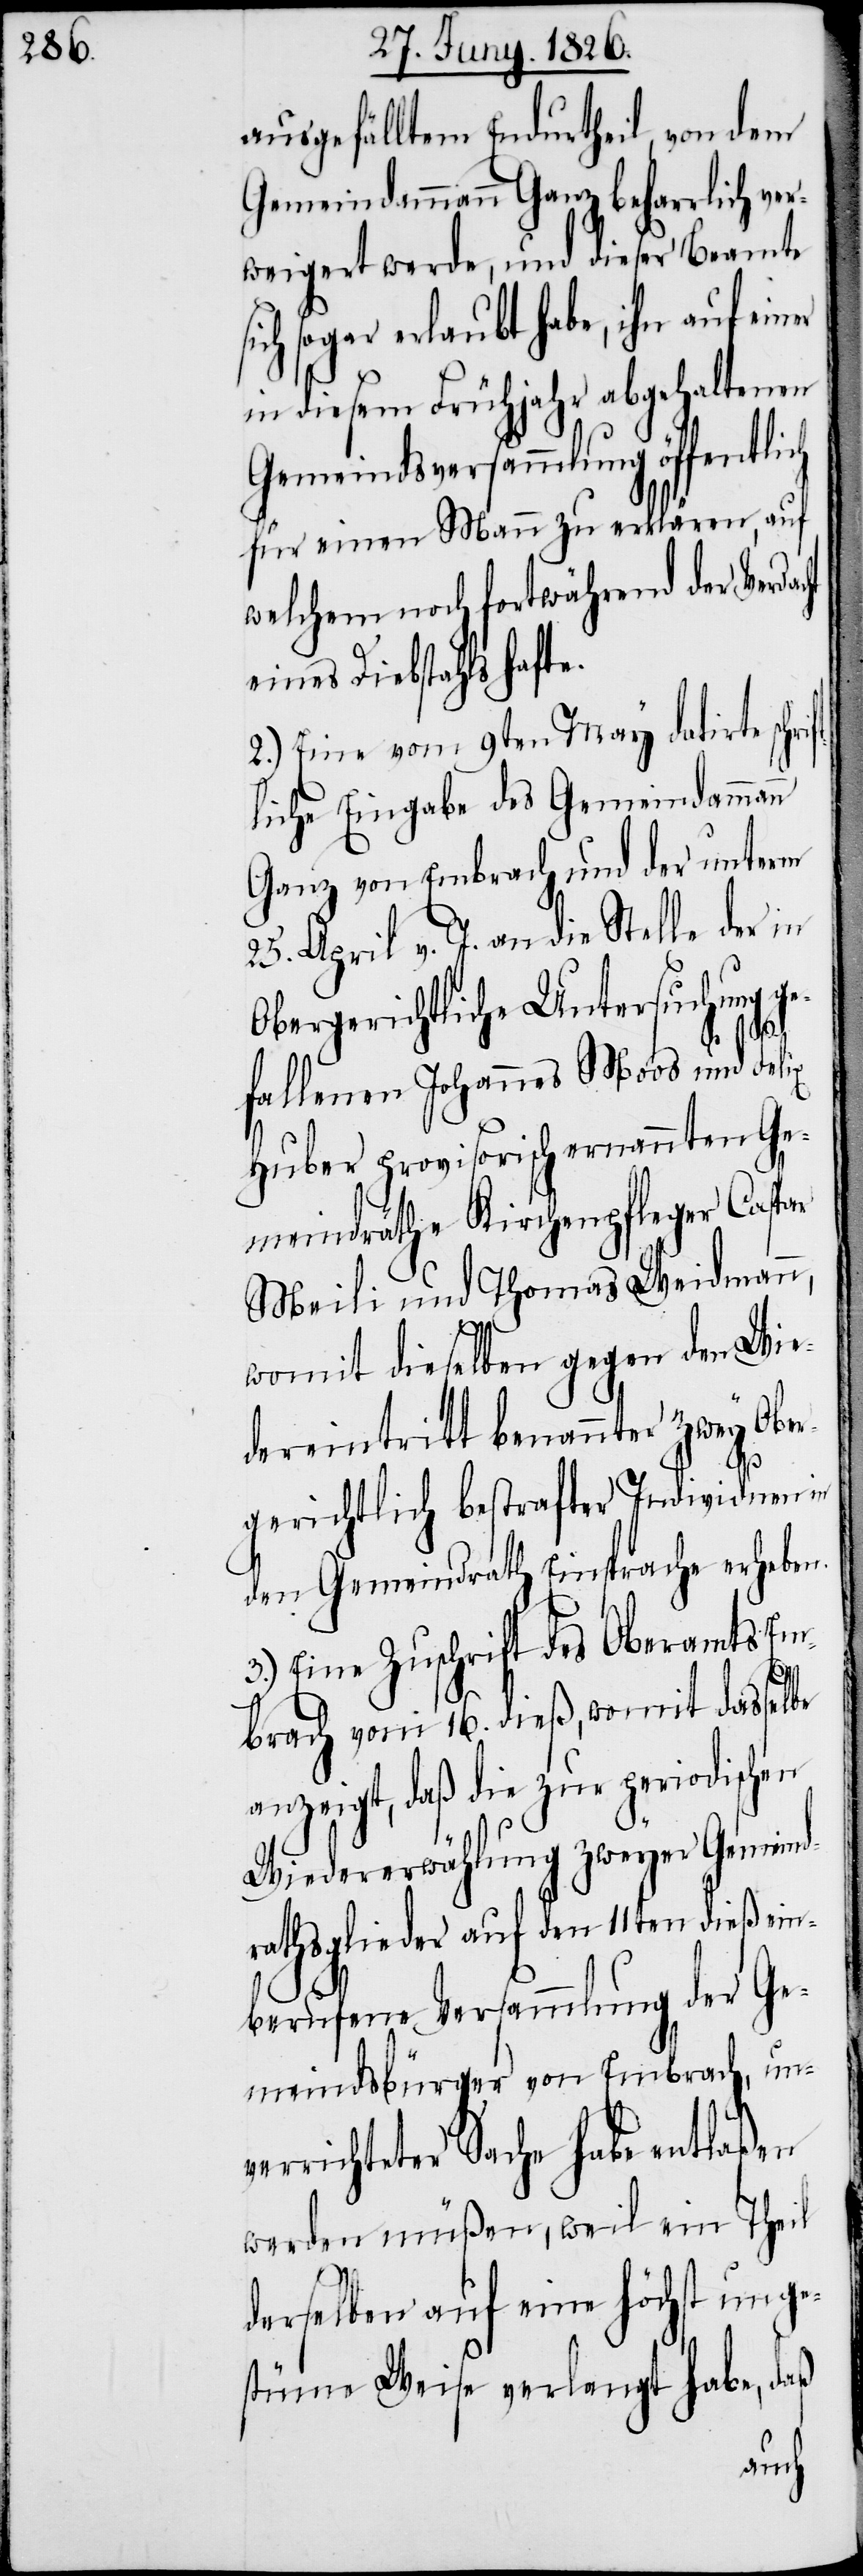
ausgefälltem Endurtheil, von dem
Gemeindammann Ganz beharrlich ve¬
rweigert werde, und dieser Beamte
ich sogar erlaubt habe, ihn auf ein¬
in diesem Frühjahr abgehaltenen
Gemeindsversammlung öffentlich
für einen Mann zu erklären, auf
welchem noch fortwährend der Verda¬
eines Diebstahls hafte.
2.) Eine vom 9ten May datirte schri¬
liche Eingabe des Gemeindammann
Ganz von Embrach und der unterm
25. April v. J. an die Stelle der in
Obergerichtliche Untersuchung ge¬
ft¬
fallenen Johannes Moos und Felix
Huber provisorisch ernannten Ge¬
meindräthe Kirchenpfleger Caspar
Meili und Thomas Weidmann,
womit dieselben gegen den Wie¬
dereintritt benannter zwey Ober¬
gerichtlich bestrafter Individuen in
den Gemeindrath Einsprache erheben.
3.) Eine Zuschrift des Oberamts Em¬
brach vom 16. dieß, womit dasselbe
anzeigt, daß die zur periodischen
Wiedererwählung zweyer Gemeind¬
rathsglieder auf den 11ten dieß ein¬
berufene Versammlung der Ge¬
meindsbürger von Embrach, un¬
verrichteter Sache habe entlaßen
werden müßen, weil ein Theil
derselben auf eine höchst unge¬
stüme Weise verlangt habe, daß